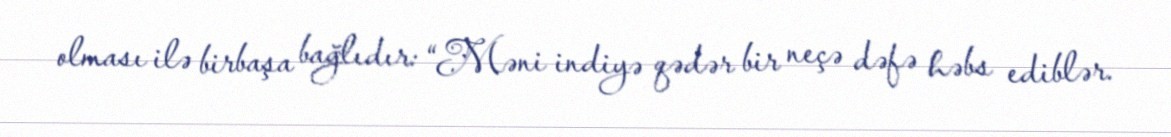
olması ilə birbaşa bağlıdır: “Məni indiyə qədər bir neçə dəfə həbs ediblər.